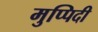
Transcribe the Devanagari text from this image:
मुप्पिदी